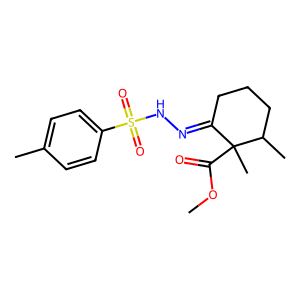
SMILES: COC(=O)C1(C)C(=NNS(=O)(=O)c2ccc(C)cc2)CCCC1C
Inhibits HIV replication: No